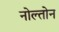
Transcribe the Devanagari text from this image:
नोल्तोन